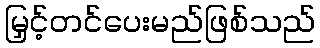
မြှင့်တင်ပေးမည်ဖြစ်သည်